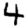
Digit: 4